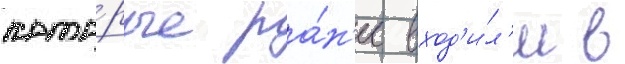
кото́рые ра́н'ее вход'и́л'и в